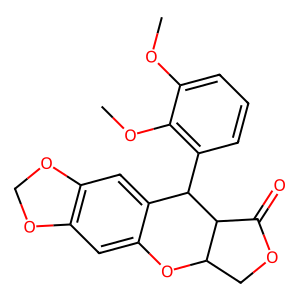
SMILES: COc1cccc(C2c3cc4c(cc3OC3COC(=O)C32)OCO4)c1OC
Inhibits HIV replication: No